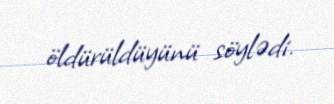
öldürüldüyünü söylədi.